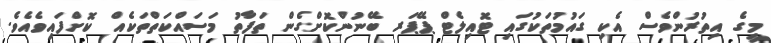
މީގެ އިތުރުންވެސް އެކި ގައުމުތަކުގައި ޓޮއިލެޓް ޕޭޕަރ ބޭނުންކޮށްގެން ތަފާތު މަސައްކަތްތަކެއް ކޮށްފައިވެއެވެ.